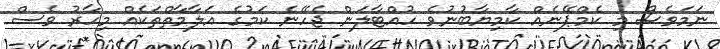
ނަމަވެސް މި ކެމްޕޭނެއް ކާމިޔާބުނުވެ ހުއްޓާލަން ޖެހޭނެ ކަމުގެ އަލާމާތްތަކެއް މިހާރު ވެސް